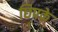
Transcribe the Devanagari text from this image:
छिपके